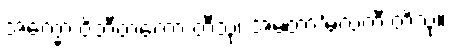
အက္ခော ဝိဘီတကော တီသု၊ အမတာ’မလကီ တိသု။